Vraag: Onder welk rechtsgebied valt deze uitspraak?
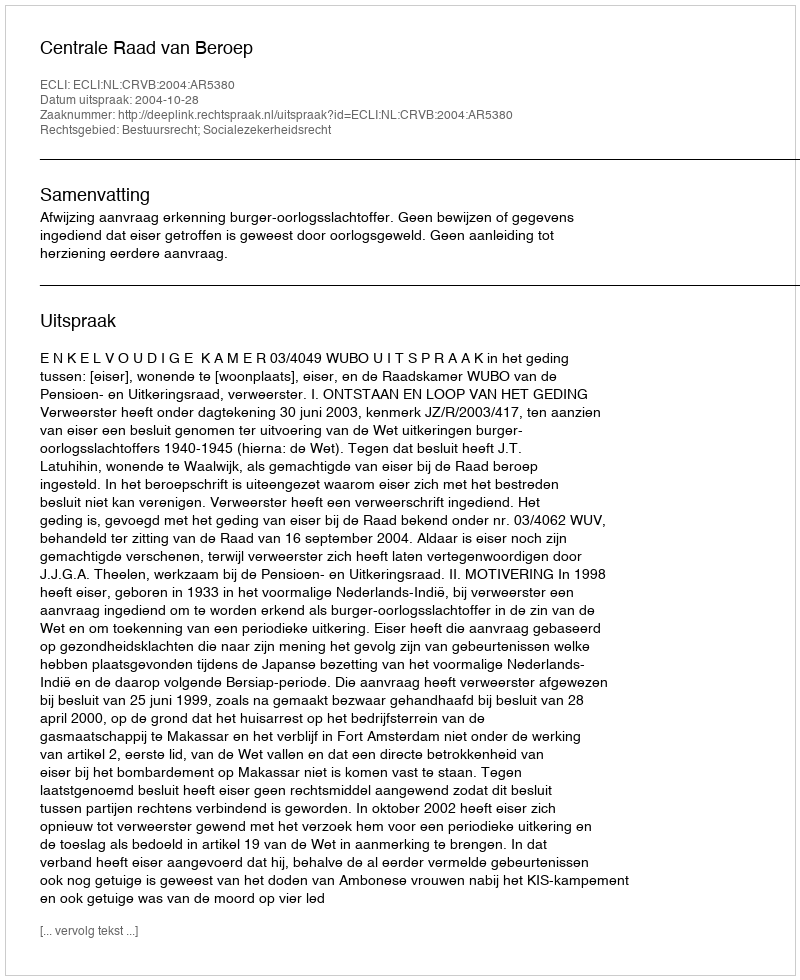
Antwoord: Bestuursrecht; Socialezekerheidsrecht